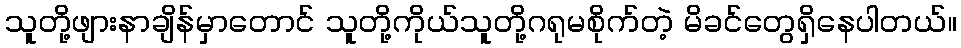
သူတို့ဖျားနာချိန်မှာတောင် သူတို့ကိုယ်သူတို့ဂရုမစိုက်တဲ့ မိခင်တွေရှိနေပါတယ်။